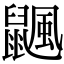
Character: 𪕴